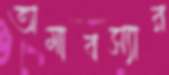
অমাবস্যার